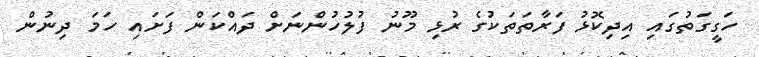
ހަގީގަތުގައި އިދިކޮޅު ފަރާތަތަކުގެ ރުޅި މޫނު ފުލުހުންނަށް ދައްކަން ފަށައި ހަމަ ދިނުން